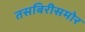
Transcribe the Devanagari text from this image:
तसबिरीसमोर